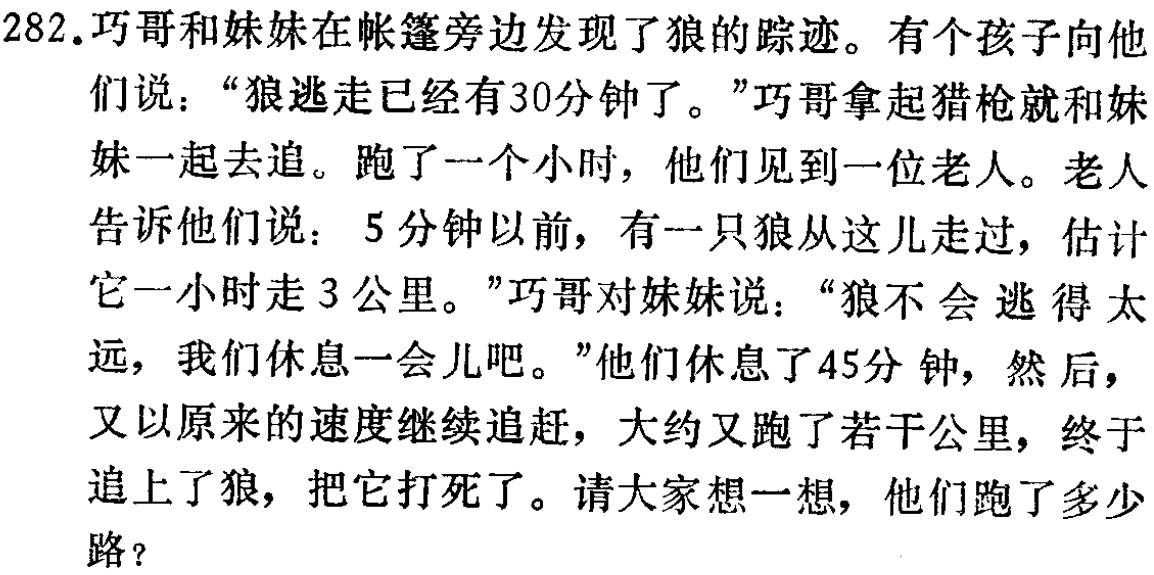
282.巧哥和妹妹在帐篷旁边发现了狼的踪迹。有个孩子向他们说：“狼逃走已经有30分钟了。”巧哥拿起猎枪就和妹妹一起去追。跑了一个小时，他们见到一位老人。老人告诉他们说： 5分钟以前，有一只狼从这儿走过，估计它一小时走3公里。”巧哥对妹妹说：“狼不会逃得太远，我们休息一会儿吧。”他们休息了45分 钟，然后，又以原来的速度继续追赶，大约又跑了若干公里，终于追上了狼，把它打死了。请大家想一想，他们跑了多少路？